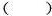
（）